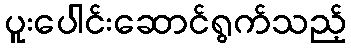
ပူးပေါင်းဆောင်ရွက်သည့်